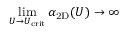
\operatorname* { l i m } _ { U \rightarrow U _ { \mathrm { c r i t } } } \alpha _ { \mathrm { 2 D } } ( U ) \rightarrow \infty